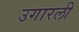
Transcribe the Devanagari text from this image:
उगारली